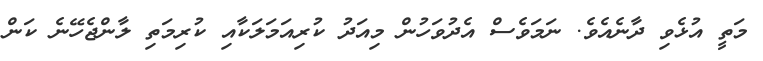
މަތީ އުޅެވި ދާނެއެވެ. ނަމަވެސް އެދުވަހުން މިއަދު ކުރިއަމަލަކާއި ކުރިމަތި ލާންޖެހޭނެ ކަން